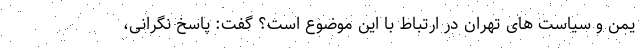
یمن و سیاست های تهران در ارتباط با این موضوع است؟ گفت: پاسخ نگرانی،